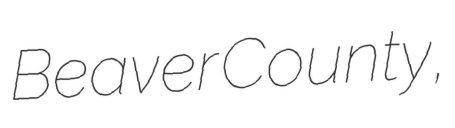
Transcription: Beaver County,